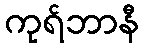
ကုရ်ဘာနီ